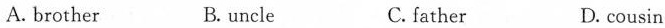
A. brother B. uncle C. father D. cousin